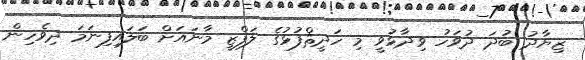
ޒިޔާދު ބުދަ ދުވަހު ވިދާޅުވީ މި ހަދީޘްފުޅުގެ ލަފްޒީ މާނައަށް ބަލައިފިނަމަ ދިވެހިން